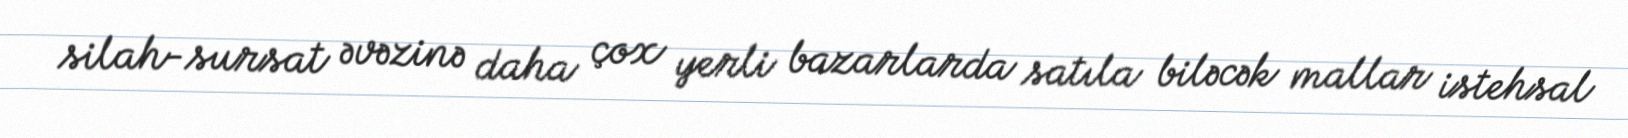
silah-sursat əvəzinə daha çox yerli bazarlarda satıla biləcək mallar istehsal